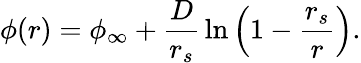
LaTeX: \phi(r)=\phi_{\infty}+{\frac{D}{r_{s}}}\ln\left(1-{\frac{r_{s}}{r}}\right).